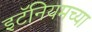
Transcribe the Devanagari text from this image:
इटॅनियमच्या